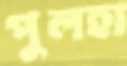
পুলহা